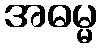
အဓမ္မ